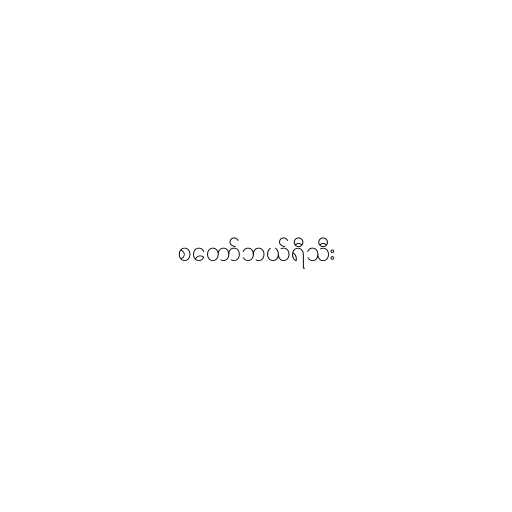
စတော်ဘယ်ရီသီး